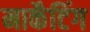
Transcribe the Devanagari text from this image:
मार्केंटिंग